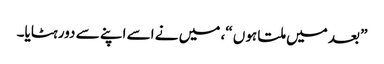
” بعد میں ملتا ہوں “، میں نے اسے اپنے سے دور ہٹایا۔